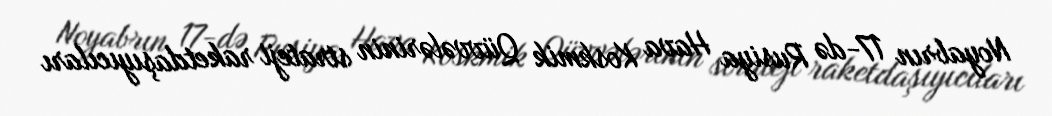
Noyabrın 17-də Rusiya Hava Koskmik Qüvvələrinin strateji raketdaşıyıcıları